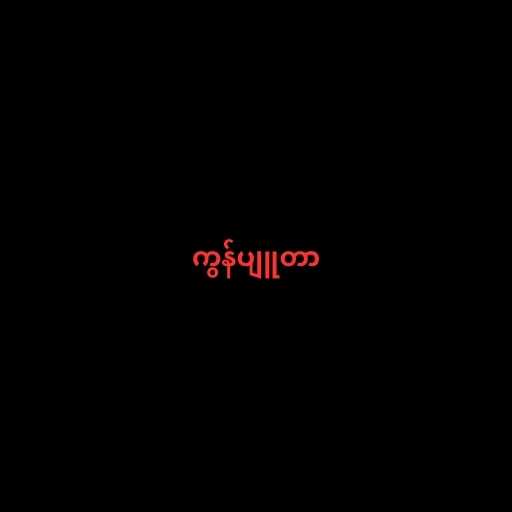
ကွန်ပျူတာ